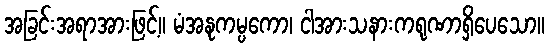
အခြင်းအရာအားဖြင့်။ မံအနုကမ္ပကော၊ ငါအားသနားကရုဏာရှိပေသော။